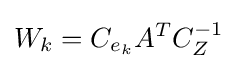
W_{k}=C_{e_{k}}A^{T}C_{Z}^{-1}